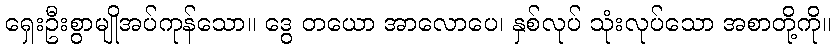
ရှေးဦးစွာမျိုအပ်ကုန်သော။ ဒွေ တယော အာလောပေ၊ နှစ်လုပ် သုံးလုပ်သော အစာတို့ကို။